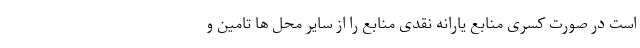
است در صورت کسری منابع یارانه نقدی منابع را از سایر محل ها تامین و